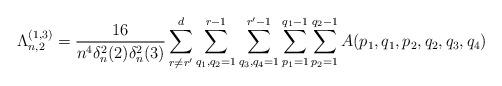
LaTeX: \begin{align*}\Lambda_{n,2}^{(1,3)}&=\frac{16}{n^4\delta^2_n(2)\delta^2_n(3)}\sum_{r \ne r'}^d \sum_{q_1,q_2=1}^{r-1}\sum_{q_3,q_4=1}^{r'-1} \sum_{p_1=1}^{q_1-1}\sum_{p_2=1}^{q_2-1} A(p_1, q_1, p_2, q_2, q_3, q_4)\end{align*}